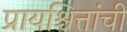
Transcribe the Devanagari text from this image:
प्रायश्चित्तांची